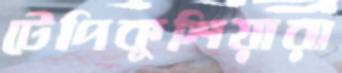
টেপিকুশিয়ারা